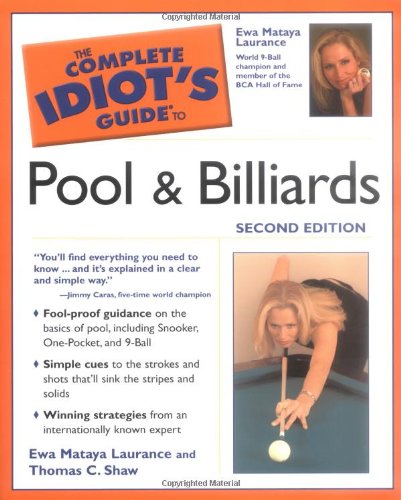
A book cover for The Complete Idiot's Guide to Pool And Billiards, 2nd Edition (Complete Idiot's Guides (Lifestyle Paperback)); Ewa Mataya Laurance; Sports & Outdoors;